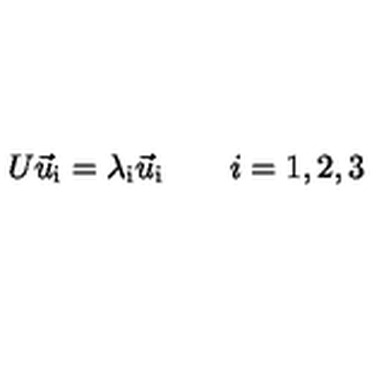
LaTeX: U \vec { u } _ { \mathrm { i } } = \lambda _ { \mathrm { i } } \vec { u } _ { \mathrm { i } } \qquad i = 1 , 2 , 3